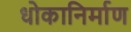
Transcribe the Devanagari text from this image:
धोकानिर्माण